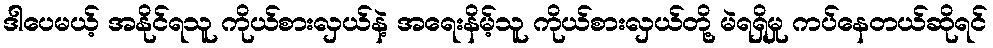
ဒါပေမယ့် အနိုင်ရသူ ကိုယ်စားလှယ်နဲ့ အရေးနိမ့်သူ ကိုယ်စားလှယ်တို့ မဲရရှိမှု ကပ်နေတယ်ဆိုရင်